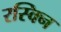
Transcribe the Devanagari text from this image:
रस्क्नि